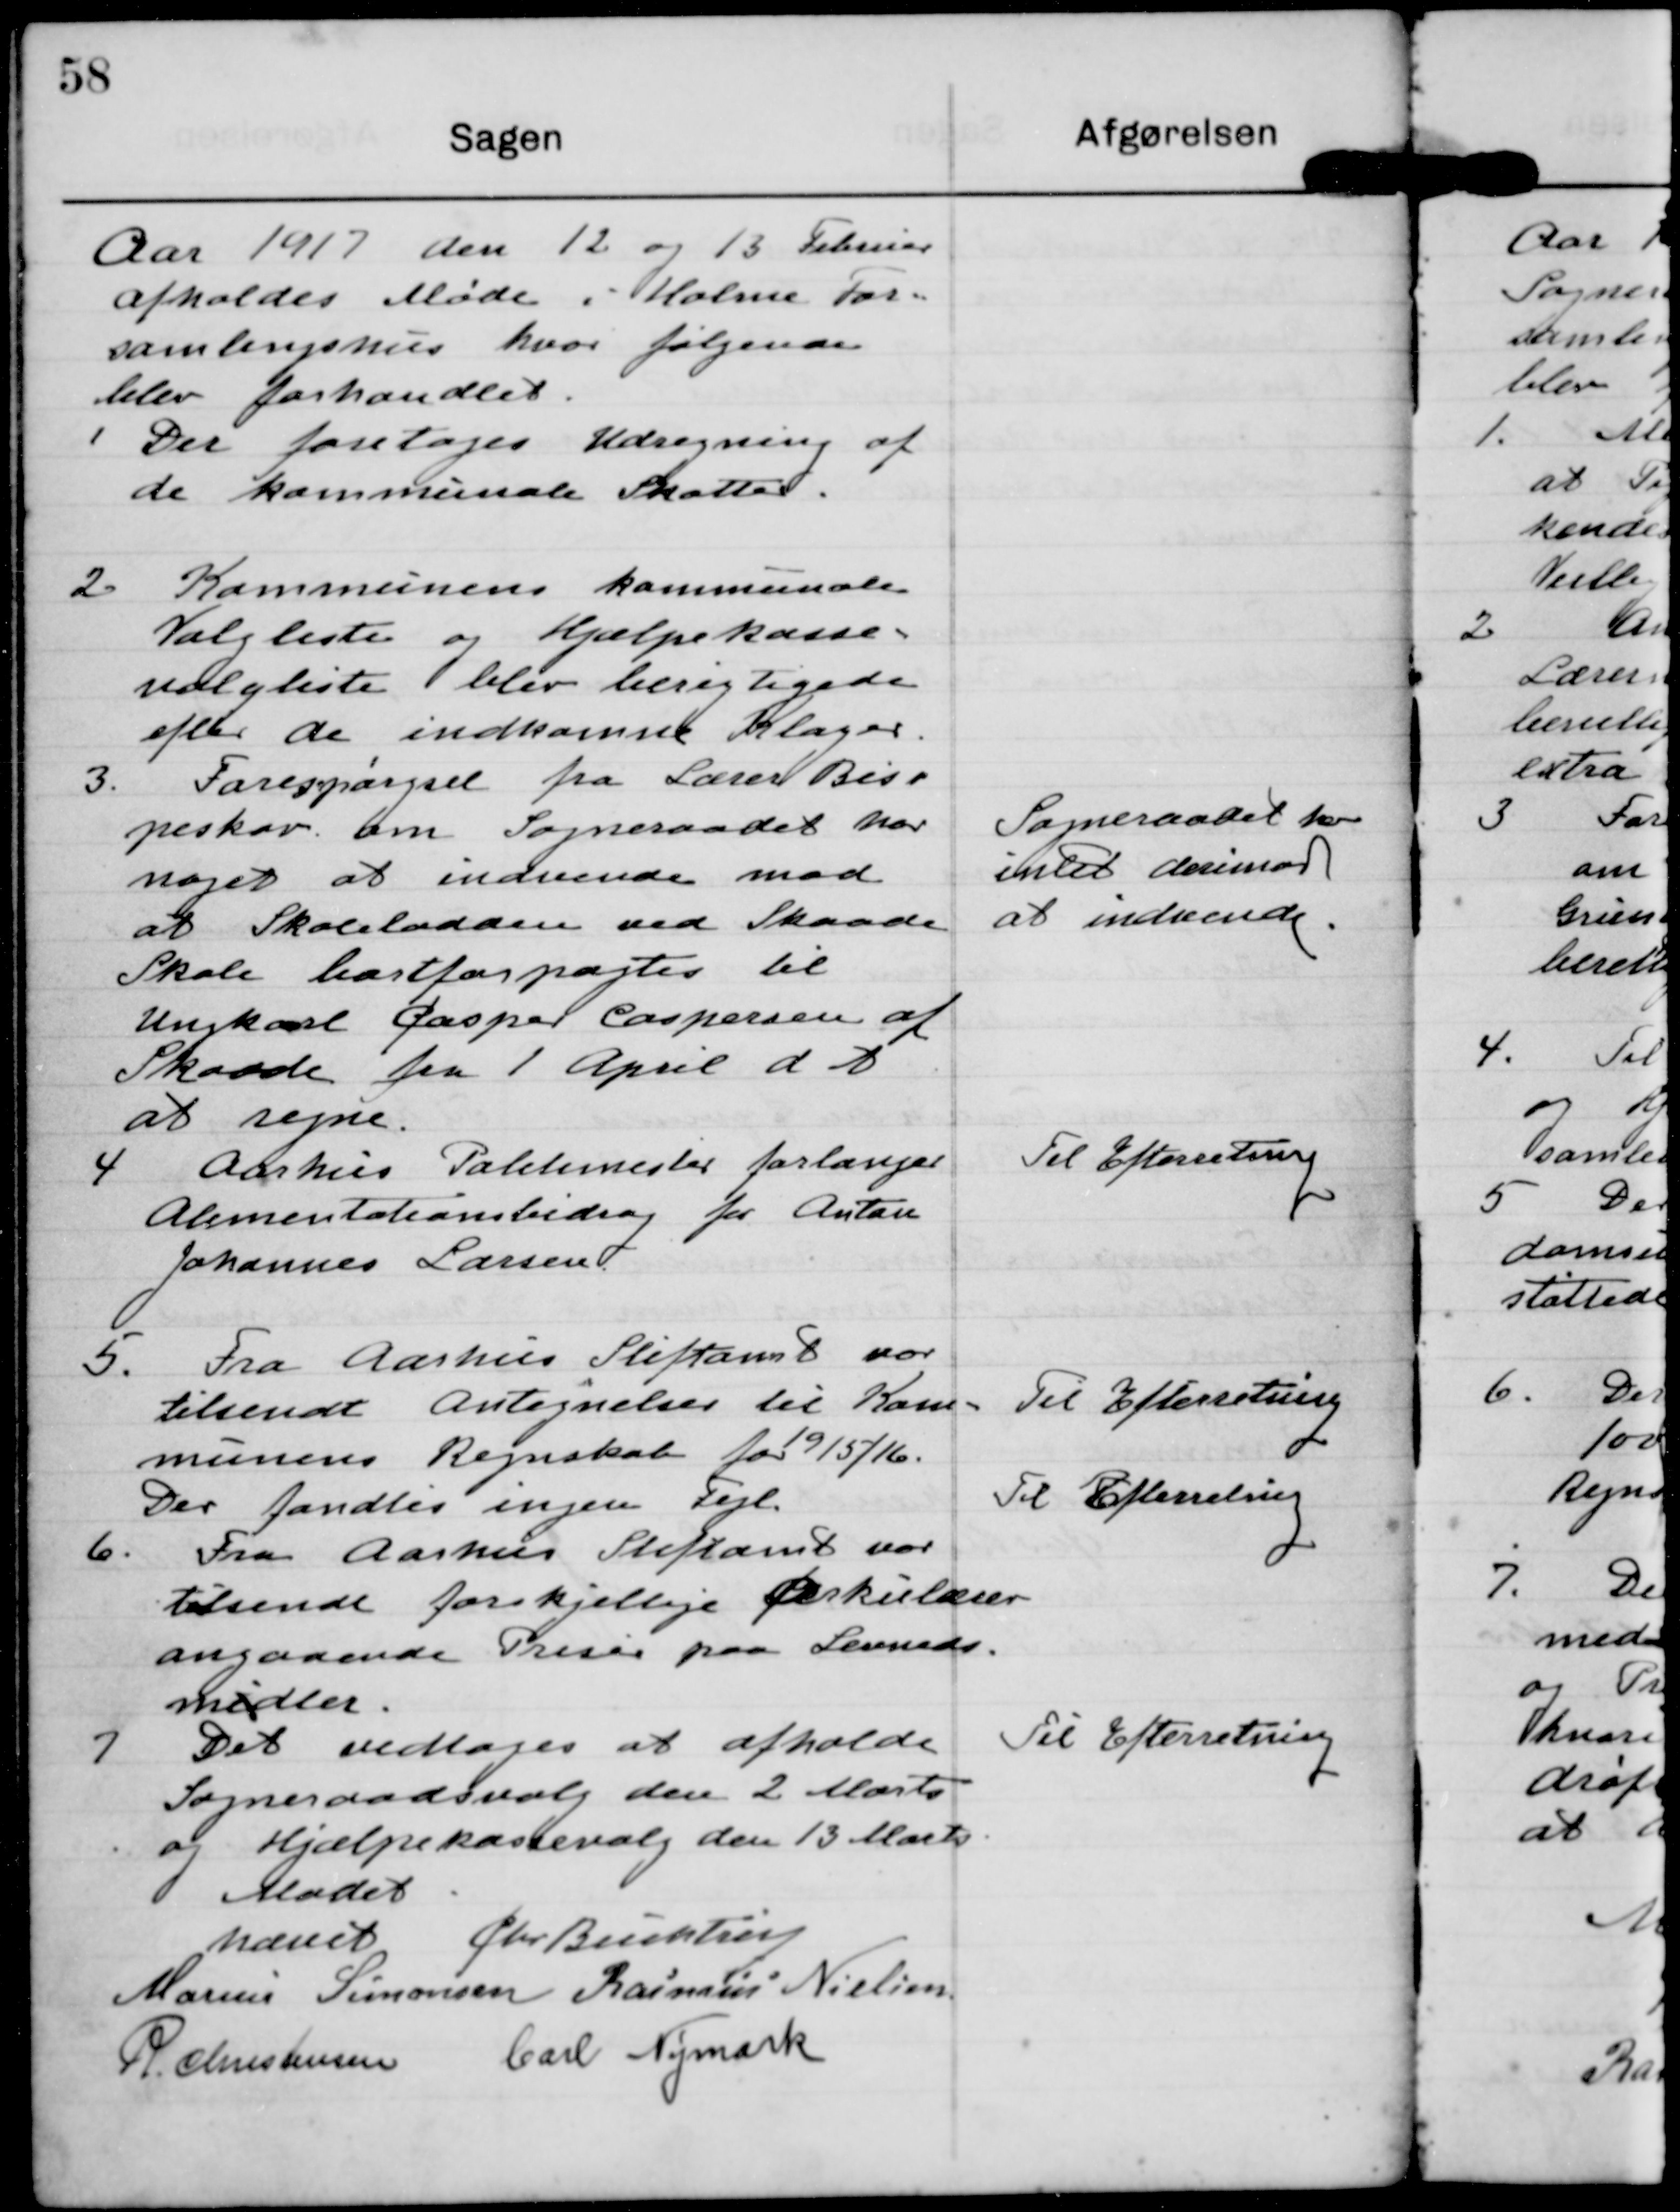
Transskription:
Aar 1917 den 12 og 13 Februar
sholdes Møde i Holme For-
samlingshus hvor følgende
blev forhandlet

1 Der foretoges Udregning af
de kommunale Skatter.

2 Kommunens kommunale
Valglister og Hjælpekasse-
valgliste blev berigtigede
efter de indkomne Klager.

3. Forespørgsel fra Lærer Bis-
peskov om Sogneraadet har
noget at indvende mod
at Skoleladden ved Skaade
Skole bortforpagtes til
Ungkarl Caper Caspersen af
Skaade fra 1 April d.A
at regne.

Sogneraadet har
intet derimod
at indvende.

4 Aarhus Pakkemester forlanger
Alimentationsbidrag for Anton
Johannes Larsen.

Til Efterretning

5. Fra Aarhus Stiftamt var
tilsendt Antegnelser til Kom-
munens Regnskab for 1915/16.
Der fandtes ingen Fejl.

Til Efterretning

6. Fra Aarhus Stiftamt var
tilsendt forskjellige Cirkulærer
angaaende Priser paa Levneds.
midler.

Til Efterretning

7 Det vedtages at afholde
Sogneraadsvalg den 2 Marts
og Hjælpekassevalg den 13 Marts.

Til Efterretning

Mødet
hævet

Chr Buchtrup

Marius Simonsen

Rasmus Nielsen

R. Christensen

Carl Nymark